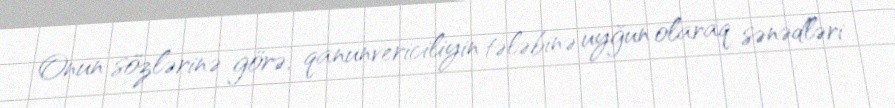
Onun sözlərinə görə, qanunvericiliyin tələbinə uyğun olaraq sənədləri